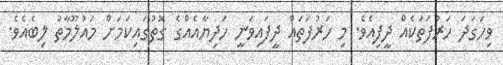
ވިހަގަދަ ހަރުފަތަކެއް ދީފިއެވެ. މި ހަރުފަތައް ދީފައިވަނީ ހަދިޔާއެއްގެ ގޮތުގައިކަމަށް މައުލޫމާތު ލިބެއެވެ.